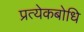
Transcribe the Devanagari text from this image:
प्रत्येकबोधि